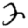
Digit: 2